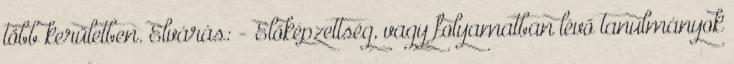
több kerületben. Elvárás: - Előképzettség, vagy folyamatban lévő tanulmányok